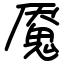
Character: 魇